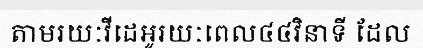
តាមរយៈវីដេអូរយៈពេល៤៤វិនាទី ដែល